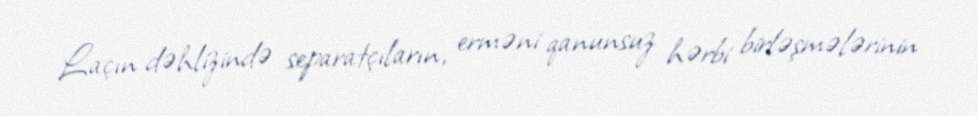
Laçın dəhlizində separatçıların, erməni qanunsuz hərbi birləşmələrinin